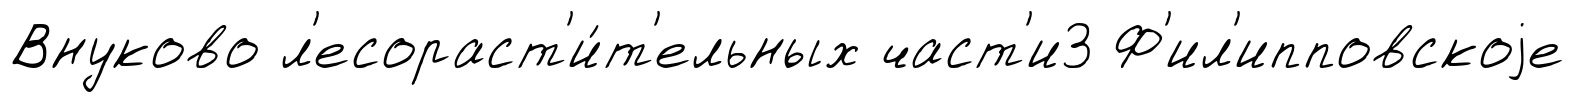
Внуково л'есораст'и́т'ельных част'и3 Ф'ил'ипповскоjе